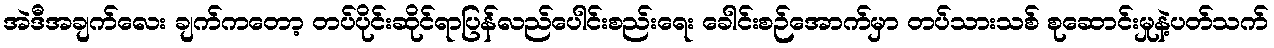
အဲဒီအချက်လေး ချက်ကတော့ တပ်ပိုင်းဆိုင်ရာပြန်လည်ပေါင်းစည်းရေး ခေါင်းစဉ်အောက်မှာ တပ်သားသစ် စုဆောင်းမှုနဲ့ပတ်သက်